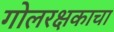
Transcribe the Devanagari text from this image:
गोलरक्षकाचा